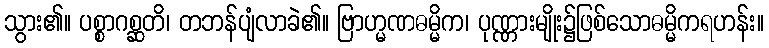
သွား၏။ ပစ္စာဂစ္ဆတိ၊ တဘန်ပျံလာခဲ၏။ ဗြာဟ္မဏဓမ္မိက၊ ပုဏ္ဏားမျိုး၌ဖြစ်သောဓမ္မိကရဟန်း။